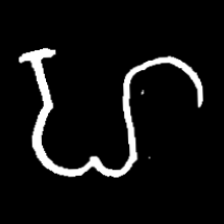
Pyu character \u2014 Myanmar letter: ဟ (romanized: ha)